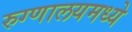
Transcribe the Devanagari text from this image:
रुग्णालयमध्ये